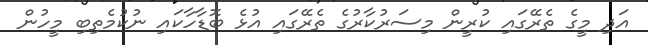
އަދި މީގެ ތެރޭގައި ކުރީން މިސަރުކާރުގެ ތެރޭގައި އުޅެ ބޮޑާހާކައި ނުކުމެތިބި މީހުން